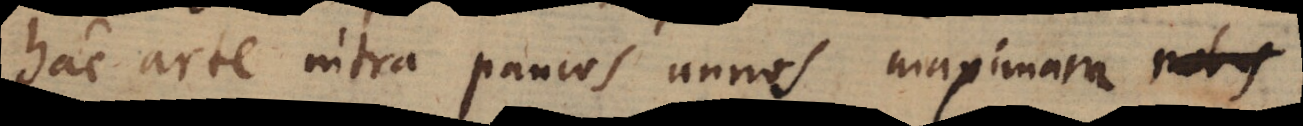
hac arte intra paucos annos maximam nobis